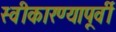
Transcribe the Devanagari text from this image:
स्वीकारण्यापूर्वी